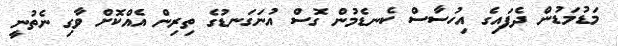
މަޑުމަޑުން ދެފައިގެ އިހުސާސް ކެނޑެމުން ގޮސް އުނަގަނޑުގެ ތިރިން އެއްކޮށް ވާގި ނެތުނީ